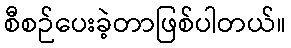
စီစဉ်ပေးခဲ့တာဖြစ်ပါတယ်။